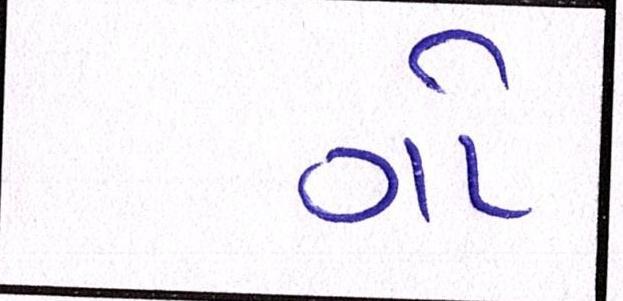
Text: ગો